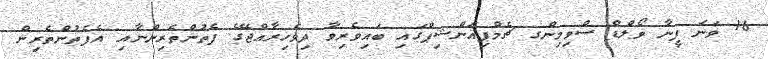
16 ވަނަ ފީނާ ވޯލްޑް ސްވިމިންގ ޗެމްޕިއަންޝިޕްގައި ބައިވެރިވާ ދިވެހިރާއްޖޭގެ ފެތުންތެރިންނާއި އެފެތުންތެރިން